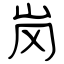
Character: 岗